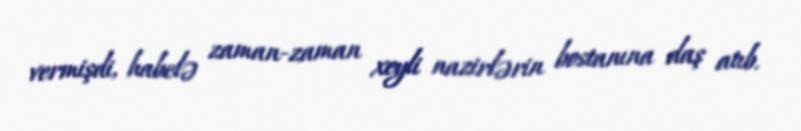
vermişdi, habelə zaman-zaman xeyli nazirlərin bostanına daş atıb.